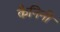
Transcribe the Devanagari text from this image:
कैनिनी